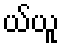
ယ်ယူ